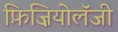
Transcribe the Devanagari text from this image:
फ़िज़ियोलॅजी